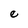
Character: e